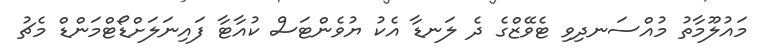
މައުލޫމާތު މުއްސަނދިވި ޓެވޭޒްގެ ދެ ލަނޑާ އެކު ޔުވެންޓަސް ކުއާޓާ ފައިނަލަށްޑޯޓްމަންޑް މެޗު